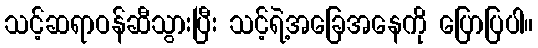
သင့်ဆရာဝန်ဆီသွားပြီး သင့်ရဲ့အခြေအနေကို ပြောပြပါ။